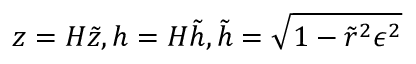
z = H \tilde { z } , h = H \tilde { h } , \tilde { h } = \sqrt { 1 - \tilde { r } ^ { 2 } \epsilon ^ { 2 } }